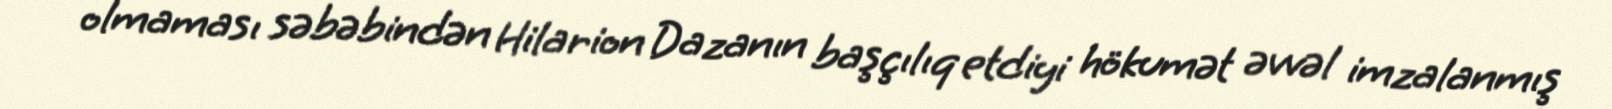
olmaması səbəbindən Hilarion Dazanın başçılıq etdiyi hökumət əvvəl imzalanmış